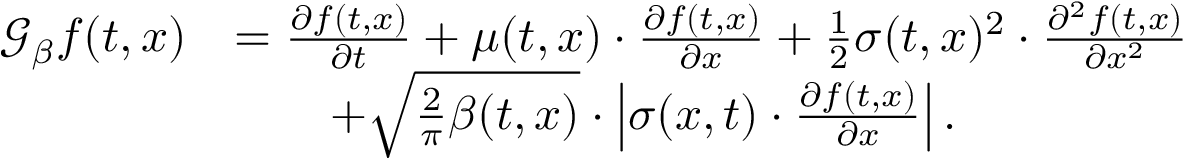
\begin{array} { r l } { \mathcal { G } _ { \beta } f ( t , x ) } & { = \frac { \partial f ( t , x ) } { \partial t } + \mu ( t , x ) \cdot \frac { \partial f ( t , x ) } { \partial x } + \frac { 1 } { 2 } \sigma ( t , x ) ^ { 2 } \cdot \frac { \partial ^ { 2 } f ( t , x ) } { \partial x ^ { 2 } } } \\ & { \qquad + \sqrt { \frac { 2 } { \pi } \beta ( t , x ) } \cdot \left| \sigma ( x , t ) \cdot \frac { \partial f ( t , x ) } { \partial x } \right| . } \end{array}